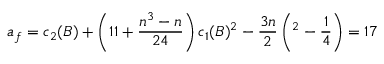
a _ { f } = c _ { 2 } ( B ) + \left( 1 1 + \frac { n ^ { 3 } - n } { 2 4 } \right) c _ { 1 } ( B ) ^ { 2 } - \frac { 3 n } { 2 \l } \left( \l ^ { 2 } - \frac { 1 } { 4 } \right) = 1 7